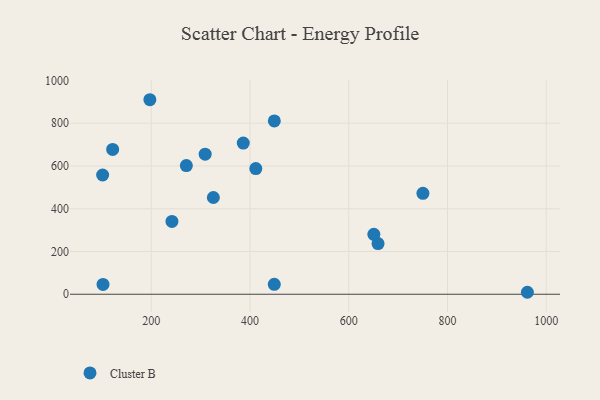
{"axis": {"x": "Investment", "y": "Rating"}, "legend": ["Cluster B"], "data": [{"x": "101.4", "y": 557.8, "type": "Cluster B"}, {"x": "325.7", "y": 452.4, "type": "Cluster B"}, {"x": "102.2", "y": 45.7, "type": "Cluster B"}, {"x": "411.7", "y": 587.6, "type": "Cluster B"}, {"x": "659.3", "y": 236.9, "type": "Cluster B"}, {"x": "197.1", "y": 909.8, "type": "Cluster B"}, {"x": "271.0", "y": 601.6, "type": "Cluster B"}, {"x": "961.8", "y": 9.2, "type": "Cluster B"}, {"x": "449.2", "y": 810.6, "type": "Cluster B"}, {"x": "309.1", "y": 655.1, "type": "Cluster B"}, {"x": "449.1", "y": 46.2, "type": "Cluster B"}, {"x": "386.3", "y": 706.9, "type": "Cluster B"}, {"x": "121.7", "y": 677.3, "type": "Cluster B"}, {"x": "241.8", "y": 340.5, "type": "Cluster B"}, {"x": "750.2", "y": 472.2, "type": "Cluster B"}, {"x": "650.8", "y": 280.4, "type": "Cluster B"}]}